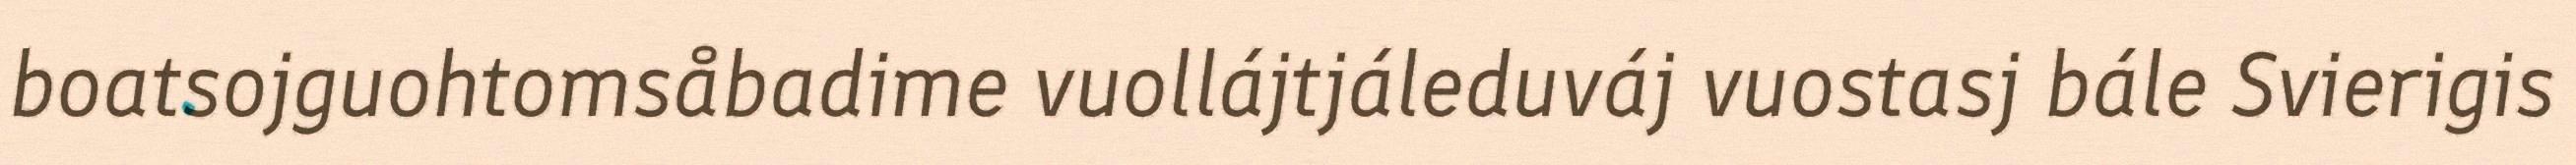
boatsojguohtomsåbadime vuollájtjáleduváj vuostasj bále Svierigis